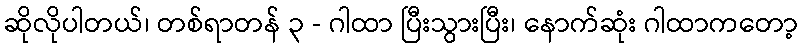
ဆိုလိုပါတယ်၊ တစ်ရာတန် ၃ - ဂါထာ ပြီးသွားပြီး၊ နောက်ဆုံး ဂါထာကတော့